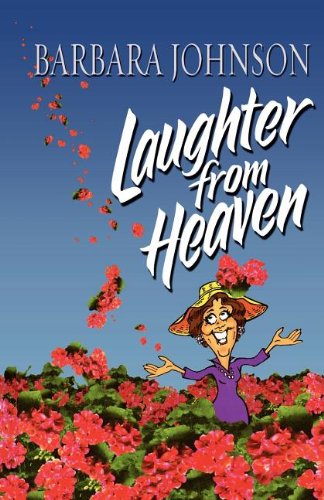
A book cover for Laughter from Heaven; Barbara Johnson; Humor & Entertainment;